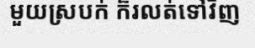
មួយស្របក់ ក៏រលត់ទៅវិញ